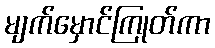
မျက်မှောင်ကြုတ်ကာ